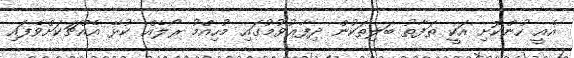
އެއީ ހުންކޮށި އަކީ ތަފާތު ބަލިތަކުން ދިފާޢުވުމުގައި މުހިއްމު ރޯލެއް ކުޅޭ އެއްޗަކަށްވެފައި